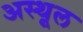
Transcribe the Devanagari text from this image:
अस्थूल